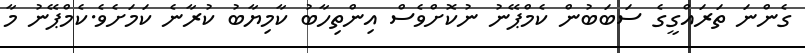
ގެންނަ ތަރައްގީގެ ސަބަބުން ކެމްޕޭނު ނުކޮށްވެސް އިންތިހާބު ކާމިޔާބު ކުރާނެ ކަމަށެވެ.ކެމްޕޭނު މާ